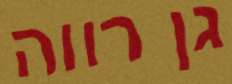
גן רווה